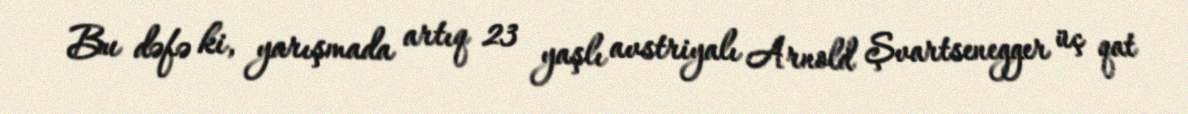
Bu dəfə ki, yarışmada artıq 23 yaşlı avstriyalı Arnold Şvartsenegger üç qat